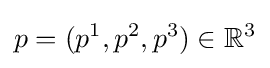
p=(p^{1},p^{2},p^{3})\in \mathbb {R} ^{3}